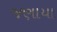
જણાયા